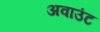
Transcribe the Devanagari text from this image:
अवाउंट